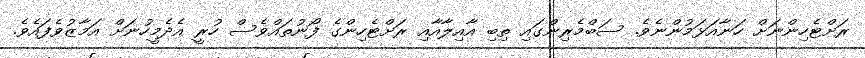
ރަށްޓެހިންނަށް ހަނާއަޅަމުންނެވެ. ސަބްމެރިންގައި ތިބި އާއިލާއާއި ރަށްޓެހިންގެ ފޯނުތައްވެސް ހުރީ އެދެމީހުނަށް އަމާޒުވެފައެވެ.